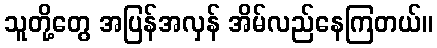
သူတို့တွေ အပြန်အလှန် အိမ်လည်နေကြတယ်။